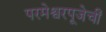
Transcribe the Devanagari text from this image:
परमेश्वरपूजेचीं